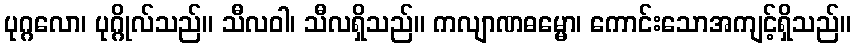
ပုဂ္ဂလော၊ ပုဂ္ဂိုလ်သည်။ သီလဝါ၊ သီလရှိသည်။ ကလျာဏဓမ္မော၊ ကောင်းသောအကျင့်ရှိသည်။